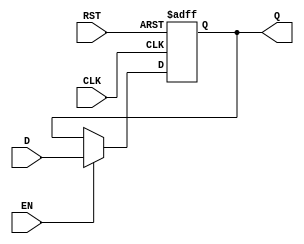
module IntermediateRegister #(
    parameter DATA_WIDTH = 8 // Parameter to define the width of the data input
)(
    input  wire                  CLK,    // Clock input
    input  wire                  EN,     // Enable input
    input  wire                  RST,    // Reset input
    input  wire [DATA_WIDTH-1:0] D,     // Data input
    output reg  [DATA_WIDTH-1:0] Q      // Data output
);

    // Asynchronous reset and synchronous data capture
    always @(posedge CLK or posedge RST) begin
        if (RST) begin
            Q <= {DATA_WIDTH{1'b0}}; // Reset output to 0
        end else if (EN) begin
            Q <= D; // Capture data on the rising edge of CLK if EN is high
        end
        // If EN is low, retain previous value of Q
    end

endmodule